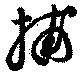
捕